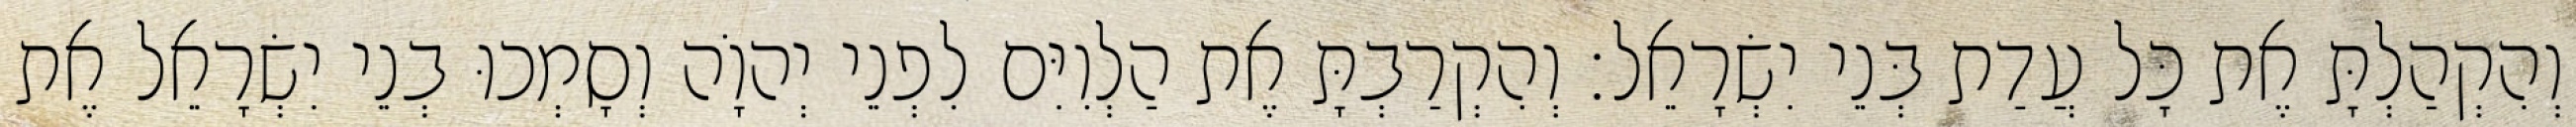
וְהִקְהַלְתָּ אֶת כָּל עֲדַת בְּנֵי יִשְׂרָאֵל׃ וְהִקְרַבְתָּ אֶת הַלְוִיִּם לִפְנֵי יְהוָֹה וְסָמְכוּ בְנֵי יִשְׂרָאֵל אֶת